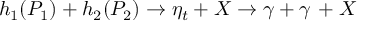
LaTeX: h _ { 1 } ( P _ { 1 } ) + h _ { 2 } ( P _ { 2 } ) \rightarrow \eta _ { t } + X \rightarrow \gamma + \gamma \, + X